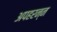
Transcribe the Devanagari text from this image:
अपहरन्न